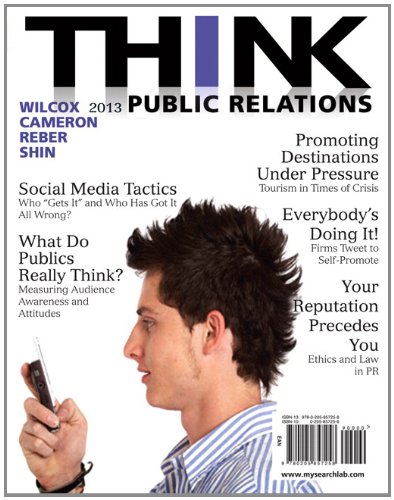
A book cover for THINK Public Relations (2nd Edition); Dennis L. Wilcox; Business & Money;